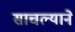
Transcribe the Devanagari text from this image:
साचल्याने